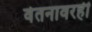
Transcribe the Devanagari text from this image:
वेतनावरही